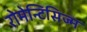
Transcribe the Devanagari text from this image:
रोमेन्टिसिज्म